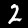
Digit: 2